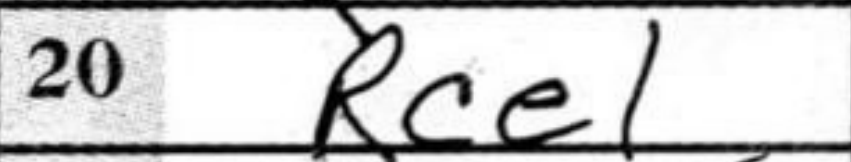
Transcription: Rce1